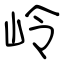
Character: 岭